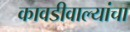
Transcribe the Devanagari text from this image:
कावडीवाल्यांचा